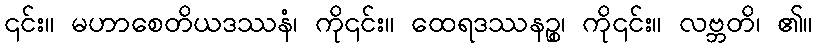
၎င်း။ မဟာစေတိယဒဿနံ၊ ကို၎င်း။ ထေရဒဿနဉ္စ၊ ကို၎င်း။ လဗ္ဘတိ၊ ၏။